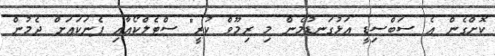
ކޮށްގެން އެ ސަބްސިޑީ އަޅުގަނޑުމެން މި ރިމޫވް ކުރީ" ސްޓެލްކޯއާއި ފެނަކައަށް ދެމުން